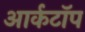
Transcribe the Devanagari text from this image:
आर्कटॉप